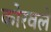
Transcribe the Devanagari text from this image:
कोरवले